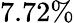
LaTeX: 7.72\%